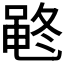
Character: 𱌂